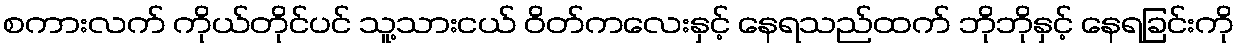
စကားလက် ကိုယ်တိုင်ပင် သူ့သားငယ် ဝိတ်ကလေးနှင့် နေရသည်ထက် ဘိုဘိုနှင့် နေရခြင်းကို